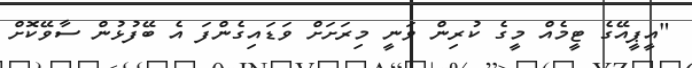
"އީޕީއޭގެ ޓީމެއް މީގެ ކުރިން ވަނީ މިރަށަށް ވަޑައިގެންފަ އެ ބޭފުޅުން ސާވޭކޮށް